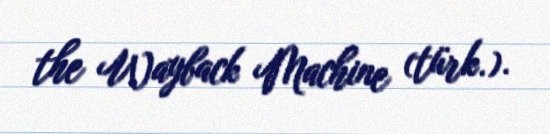
the Wayback Machine (türk.).